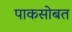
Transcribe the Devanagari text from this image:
पाकसोबत